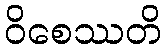
ဝိစေဿတိ